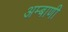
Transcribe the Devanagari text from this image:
अम्बाणी